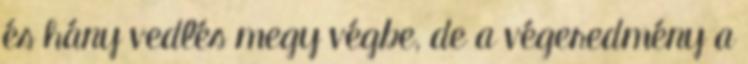
és hány vedlés megy végbe, de a végeredmény a